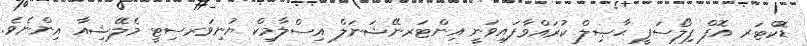
ޑޮކްޓަރ އޮފް ފިލޯސަފީ ޙާޞިލް ކުރައްވާފައިވަނީ އިންޓަރނޭޝަނަލް އިސްލާމިކް ޔުނިވަރސިޓީ މެލޭޝިއާ އިންނެވެ.